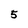
Character: 5